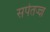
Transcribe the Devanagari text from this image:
सर्पतज्ज्ञ